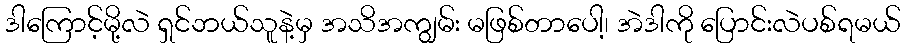
ဒါကြောင့်မို့လဲ ရှင်ဘယ်သူနဲ့မှ အသိအကျွမ်း မဖြစ်တာပေါ့၊ အဲဒါကို ပြောင်းလဲပစ်ရမယ်